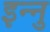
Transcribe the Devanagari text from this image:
इन्नु